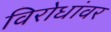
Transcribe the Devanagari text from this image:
विरोधांवर